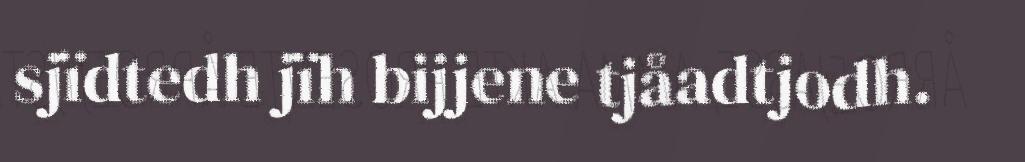
sjïdtedh jïh bijjene tjåadtjodh.